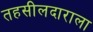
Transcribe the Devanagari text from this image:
तहसीलदाराला